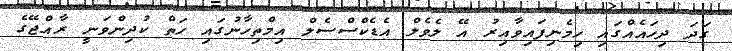
ގަދަ ދިހައެއްގައި ހިމެނިފައިވާއިރު އޭ ލެވެލް އެޑެކްސްސެލް އިމްތިހާނުގައި ހަތް ކުދިންވަނީ ރާއްޖޭގެ